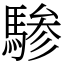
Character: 𬳯